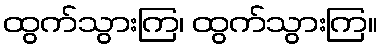
ထွက်သွားကြ၊ ထွက်သွားကြ။